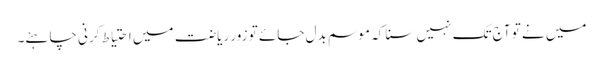
میں نے تو آج تک نہیں سنا کہ موسم بدل جائے تو زور ریاضت میں احتیاط کرنی چاہئے۔